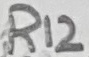
Text: R12